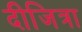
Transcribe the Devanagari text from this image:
दीजित्रा